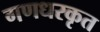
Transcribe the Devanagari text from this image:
गणधरकृत